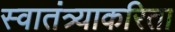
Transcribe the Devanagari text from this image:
स्वातंत्र्याकरिता